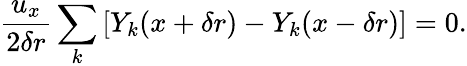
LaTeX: \frac{u_{x}}{2\delta r}\sum_{k}\left[Y_{k}(x+\delta r)-Y_{k}(x-\delta r)\right]=0.